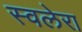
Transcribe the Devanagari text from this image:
स्वलेरा